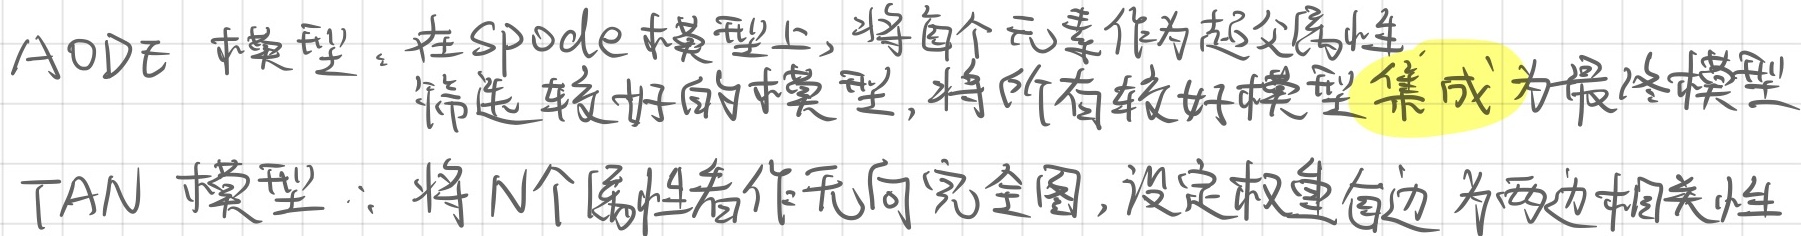
AODE 模型：在 SPode 模型上，将每个元素作为超父属性筛选较好的模型，将所有较好模型集成为最终模型。

TAN 模型：将 \(N\) 个属性看作无向完全图，设定权重每边为两边相关性。